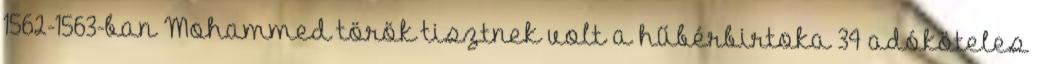
1562-1563-ban Mohammed török tisztnek volt a hűbérbirtoka 34 adóköteles